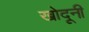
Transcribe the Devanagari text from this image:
खोदूनी